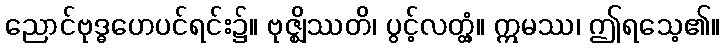
ညောင်ဗုဒ္ဓဟေပင်ရင်း၌။ ဗုဇ္ဈိဿတိ၊ ပွင့်လတ္တံ့။ ဣမဿ၊ ဤရသေ့၏။